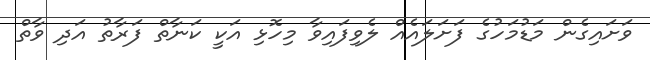
ވަށައިގެން މަޑުމަހުގެ ފަށަލައެއް ލެވިފައިވާ މިހޮޅި އަކީ ކަނާތް ފަރާތު އަދި ވާތް